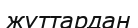
жұттардан